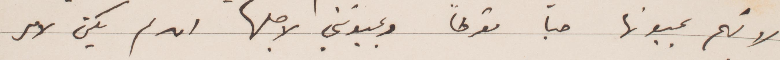
لانهم يحبونها حبا مفرطًا ويحبونني لاجلها ان لم يكن لامر